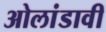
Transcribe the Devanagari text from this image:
ओलांडावी